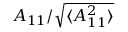
A _ { 1 1 } / \sqrt { \langle A _ { 1 1 } ^ { 2 } \rangle }